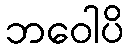
ဘဝေါပိ